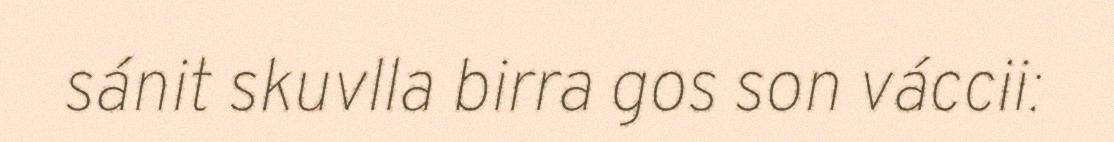
sánit skuvlla birra gos son váccii: